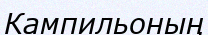
Кампильоның